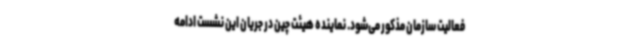
فعالیت سازمان مذکور می‌شود. نماینده هیئت چین در جریان این نشست ادامه